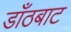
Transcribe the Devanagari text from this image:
डाँठबाट